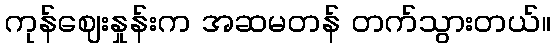
ကုန်ဈေးနှုန်းက အဆမတန် တက်သွားတယ်။